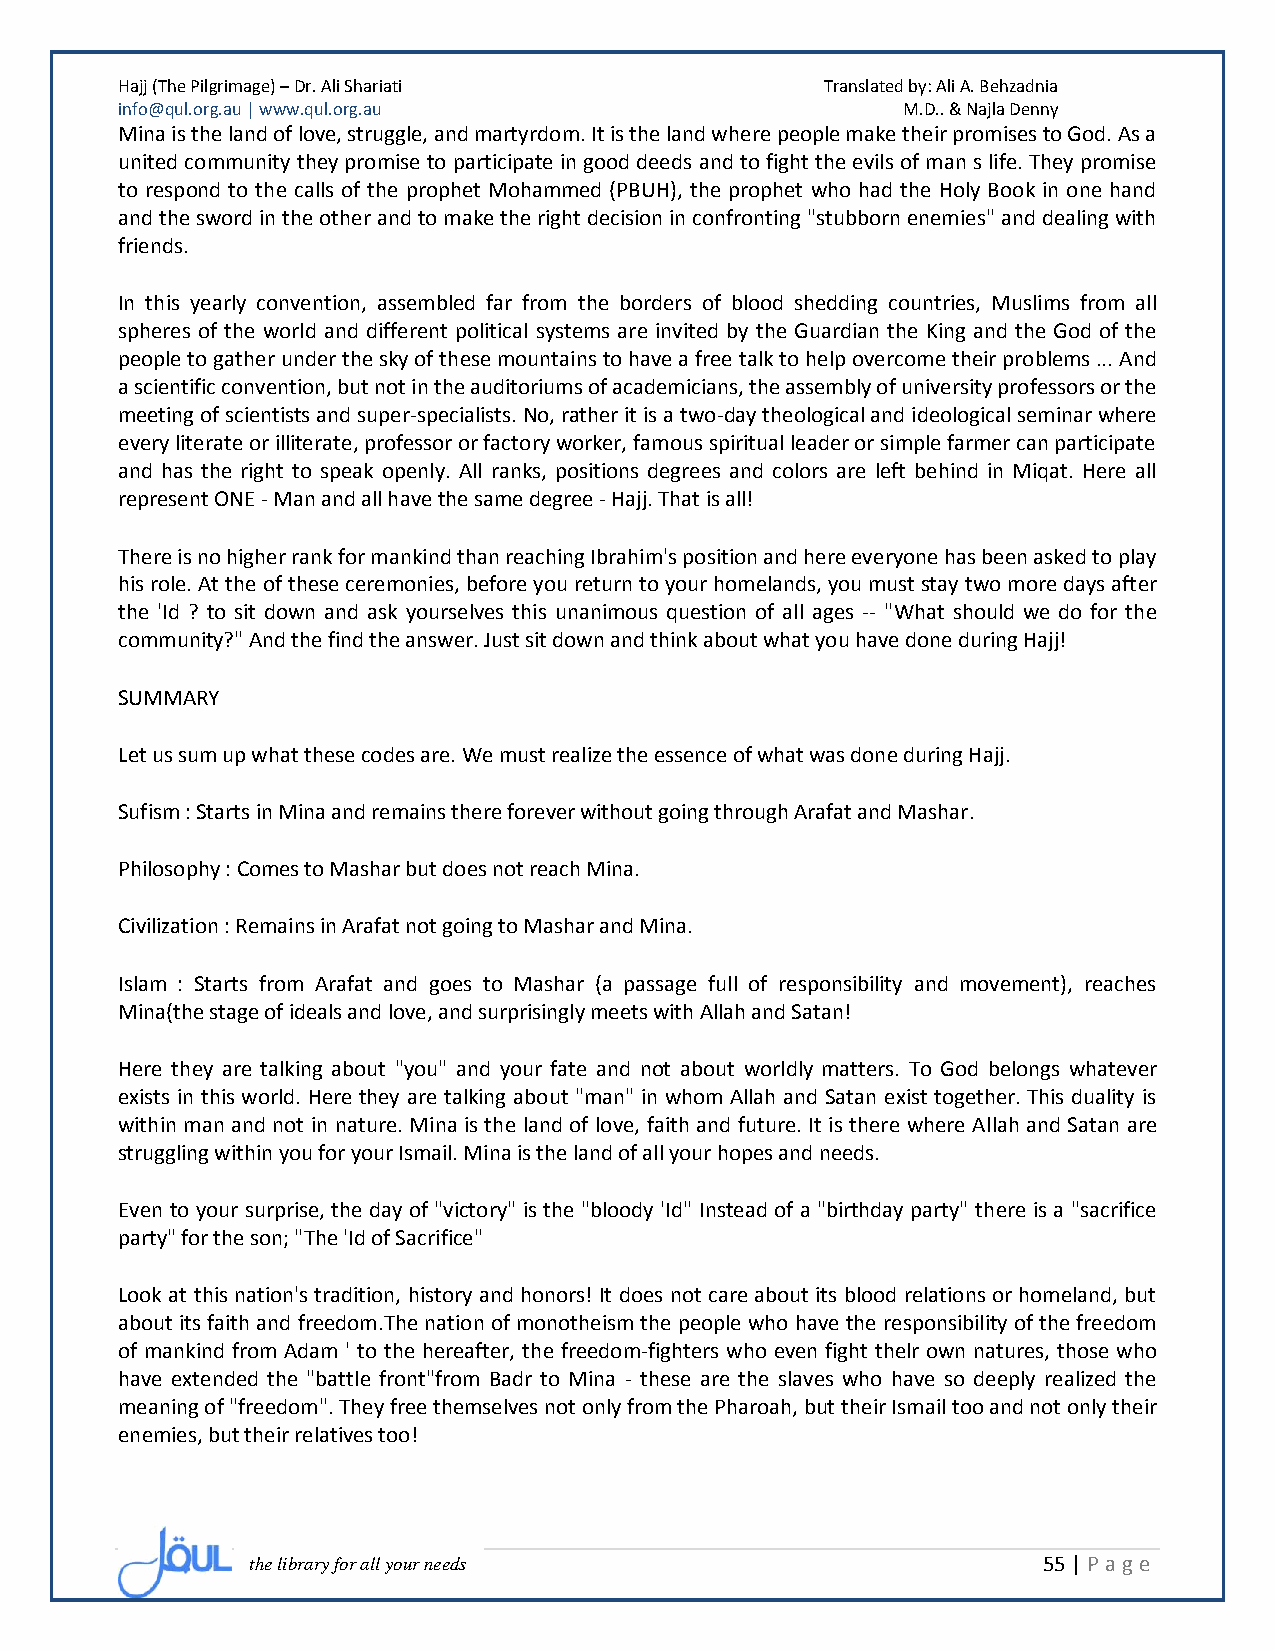
Hajj (The Pilgrimage) – Dr. Ali Shariati       Translated by: Ali A. Behzadnia
 info@qul.org.au | www.qul.org.au                    M.D.. & Najla Denny
 Mina is the land of love, struggle, and martyrdom. It is the land where people make their promises to God. As a
 united community they promise to participate in good deeds and to fight the evils of man s life. They promise
 to respond to the calls of the prophet Mohammed (PBUH), the prophet who had the Holy Book in one hand
 and the sword in the other and to make the right decision in confronting "stubborn enemies" and dealing with
 friends.
 In this yearly convention, assembled far from the borders of blood shedding countries, Muslims from all
 spheres of the world and different political systems are invited by the Guardian the King and the God of the
 people to gather under the sky of these mountains to have a free talk to help overcome their problems ... And
 a scientific convention, but not in the auditoriums of academicians, the assembly of university professors or the
 meeting of scientists and super-specialists. No, rather it is a two-day theological and ideological seminar where
 every literate or illiterate, professor or factory worker, famous spiritual leader or simple farmer can participate
 and has the right to speak openly. All ranks, positions degrees and colors are left behind in Miqat. Here all
 represent ONE - Man and all have the same degree - Hajj. That is all!
 There is no higher rank for mankind than reaching Ibrahim's position and here everyone has been asked to play
 his role. At the of these ceremonies, before you return to your homelands, you must stay two more days after
 the 'Id ? to sit down and ask yourselves this unanimous question of all ages -- "What should we do for the
 community?" And the find the answer. Just sit down and think about what you have done during Hajj!
 SUMMARY
 Let us sum up what these codes are. We must realize the essence of what was done during Hajj.
 Sufism : Starts in Mina and remains there forever without going through Arafat and Mashar.
 Philosophy : Comes to Mashar but does not reach Mina.
 Civilization : Remains in Arafat not going to Mashar and Mina.
 Islam : Starts from Arafat and goes to Mashar (a passage full of responsibility and movement), reaches
 Mina(the stage of ideals and love, and surprisingly meets with Allah and Satan!
 Here they are talking about "you" and your fate and not about worldly matters. To God belongs whatever
 exists in this world. Here they are talking about "man" in whom Allah and Satan exist together. This duality is
 within man and not in nature. Mina is the land of love, faith and future. It is there where Allah and Satan are
 struggling within you for your Ismail. Mina is the land of all your hopes and needs.
 Even to your surprise, the day of "victory" is the "bloody 'Id" Instead of a "birthday party" there is a "sacrifice
 party" for the son; "The 'Id of Sacrifice"
 Look at this nation's tradition, history and honors! It does not care about its blood relations or homeland, but
 about its faith and freedom.The nation of monotheism the people who have the responsibility of the freedom
 of mankind from Adam ' to the hereafter, the freedom-fighters who even fight thelr own natures, those who
 have extended the "battle front"from Badr to Mina - these are the slaves who have so deeply realized the
 meaning of "freedom". They free themselves not only from the Pharoah, but their Ismail too and not only their
 enemies, but their relatives too!
 the library for all your needs                      55 | P age